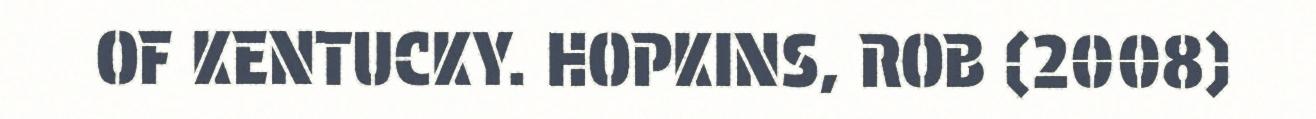
OF KENTUCKY. HOPKINS, ROB (2008)